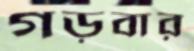
গড়বার